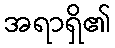
အရာရှိ၏